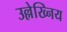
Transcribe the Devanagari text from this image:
उल्लेख्निय